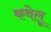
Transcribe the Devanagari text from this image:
कवेलू